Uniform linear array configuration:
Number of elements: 8
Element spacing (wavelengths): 0.25
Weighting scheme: exponential
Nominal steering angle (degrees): -60
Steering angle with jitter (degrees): -60.654
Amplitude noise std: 0.05
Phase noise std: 0.05

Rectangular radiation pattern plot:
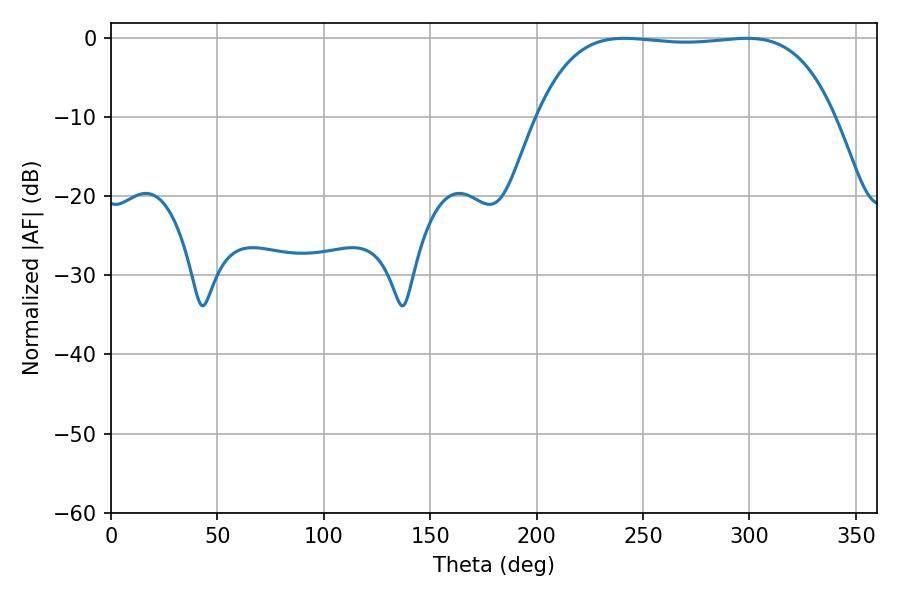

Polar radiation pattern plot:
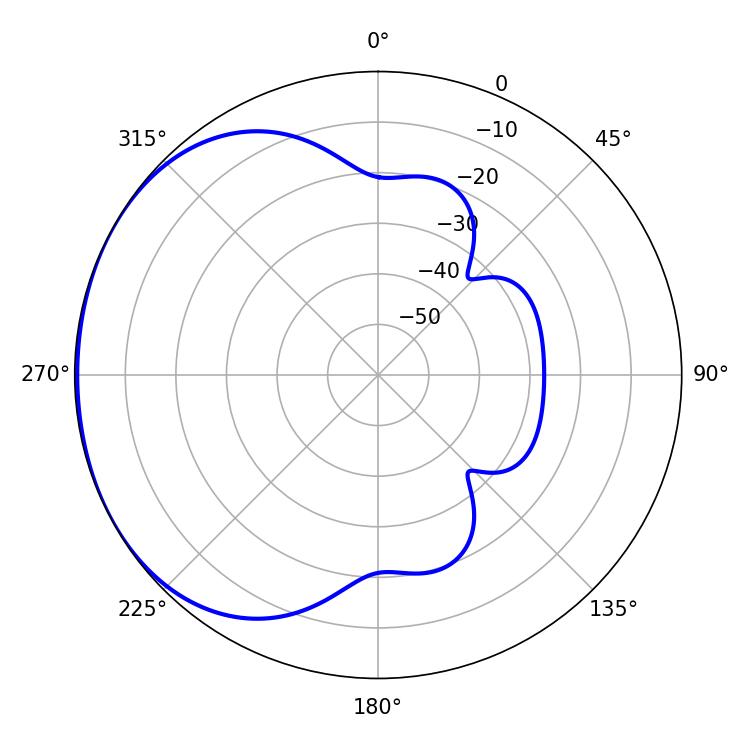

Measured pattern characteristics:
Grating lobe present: FALSE
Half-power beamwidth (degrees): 110.16
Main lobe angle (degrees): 241.2